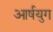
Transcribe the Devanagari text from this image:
आर्षयुग